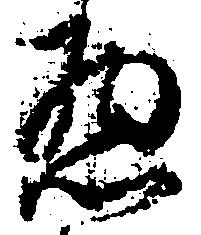
惣